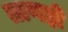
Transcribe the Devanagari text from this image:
ताणही